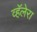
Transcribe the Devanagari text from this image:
व्हॅलेरा